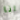
انا